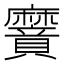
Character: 𮮌